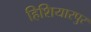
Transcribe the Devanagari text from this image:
हिशियारपुर